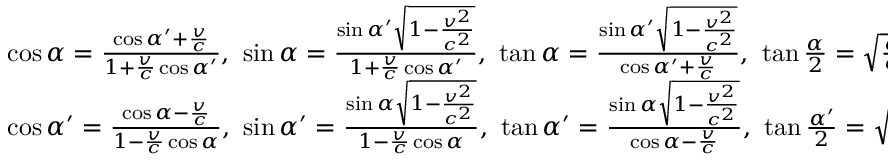
\begin{array} { l } { \cos \alpha = { \frac { \cos \alpha ^ { \prime } + { \frac { v } { c } } } { 1 + { \frac { v } { c } } \cos \alpha ^ { \prime } } } , \ \sin \alpha = { \frac { \sin \alpha ^ { \prime } { \sqrt { 1 - { \frac { v ^ { 2 } } { c ^ { 2 } } } } } } { 1 + { \frac { v } { c } } \cos \alpha ^ { \prime } } } , \ \tan \alpha = { \frac { \sin \alpha ^ { \prime } { \sqrt { 1 - { \frac { v ^ { 2 } } { c ^ { 2 } } } } } } { \cos \alpha ^ { \prime } + { \frac { v } { c } } } } , \ \tan { \frac { \alpha } { 2 } } = { \sqrt { \frac { c - v } { c + v } } } \tan { \frac { \alpha ^ { \prime } } { 2 } } } \\ { \cos \alpha ^ { \prime } = { \frac { \cos \alpha - { \frac { v } { c } } } { 1 - { \frac { v } { c } } \cos \alpha } } , \ \sin \alpha ^ { \prime } = { \frac { \sin \alpha { \sqrt { 1 - { \frac { v ^ { 2 } } { c ^ { 2 } } } } } } { 1 - { \frac { v } { c } } \cos \alpha } } , \ \tan \alpha ^ { \prime } = { \frac { \sin \alpha { \sqrt { 1 - { \frac { v ^ { 2 } } { c ^ { 2 } } } } } } { \cos \alpha - { \frac { v } { c } } } } , \ \tan { \frac { \alpha ^ { \prime } } { 2 } } = { \sqrt { \frac { c + v } { c - v } } } \tan { \frac { \alpha } { 2 } } } \end{array}